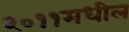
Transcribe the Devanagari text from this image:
२०११मधील